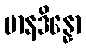
မာနဒိန္နော